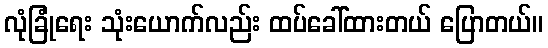
လုံခြုံရေး သုံးယောက်လည်း ထပ်ခေါ်ထားတယ် ပြောတယ်။